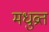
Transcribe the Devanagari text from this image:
मधुव्रत